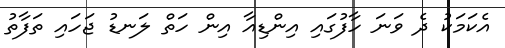
އެކަމަކު ދެ ވަނަ ހާފުގައި އިންޑިއާ އިން ހަތް ލަނޑު ޖަހައި ތަފާތު